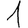
Digit: 1